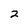
Character: 2